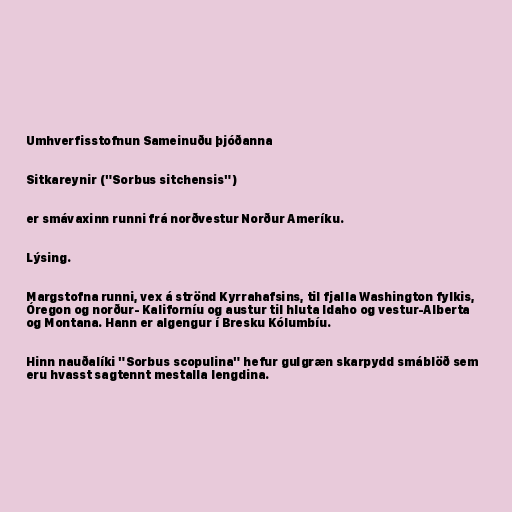
Umhverfisstofnun Sameinuðu þjóðanna

Sitkareynir ("Sorbus sitchensis")

er smávaxinn runni frá norðvestur Norður Ameríku.

Lýsing.

Margstofna runni, vex á strönd Kyrrahafsins, til fjalla Washington fylkis,
Óregon og norður- Kaliforníu og austur til hluta Idaho og vestur-Alberta
og Montana. Hann er algengur í Bresku Kólumbíu.

Hinn nauðalíki "Sorbus scopulina" hefur gulgræn skarpydd smáblöð sem
eru hvasst sagtennt mestalla lengdina.